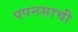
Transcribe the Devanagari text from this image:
पपनसाची